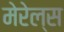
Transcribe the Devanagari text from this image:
मेरेल्स